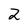
Character: 2